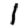
Digit: 1